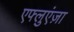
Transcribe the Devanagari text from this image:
एफ्लुएंज़ा